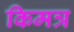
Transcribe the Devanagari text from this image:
किमत्र